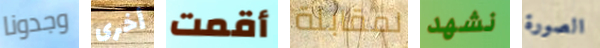
وجدونا أخرى أقمت لمقابلة نشهد الصورة